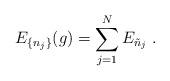
LaTeX: \begin{align*}E_{ \{n_j\} }(g) = \sum_{j=1}^N E_{\tilde n_j} \; .\end{align*}